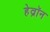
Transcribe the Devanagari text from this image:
हेव्रॉन